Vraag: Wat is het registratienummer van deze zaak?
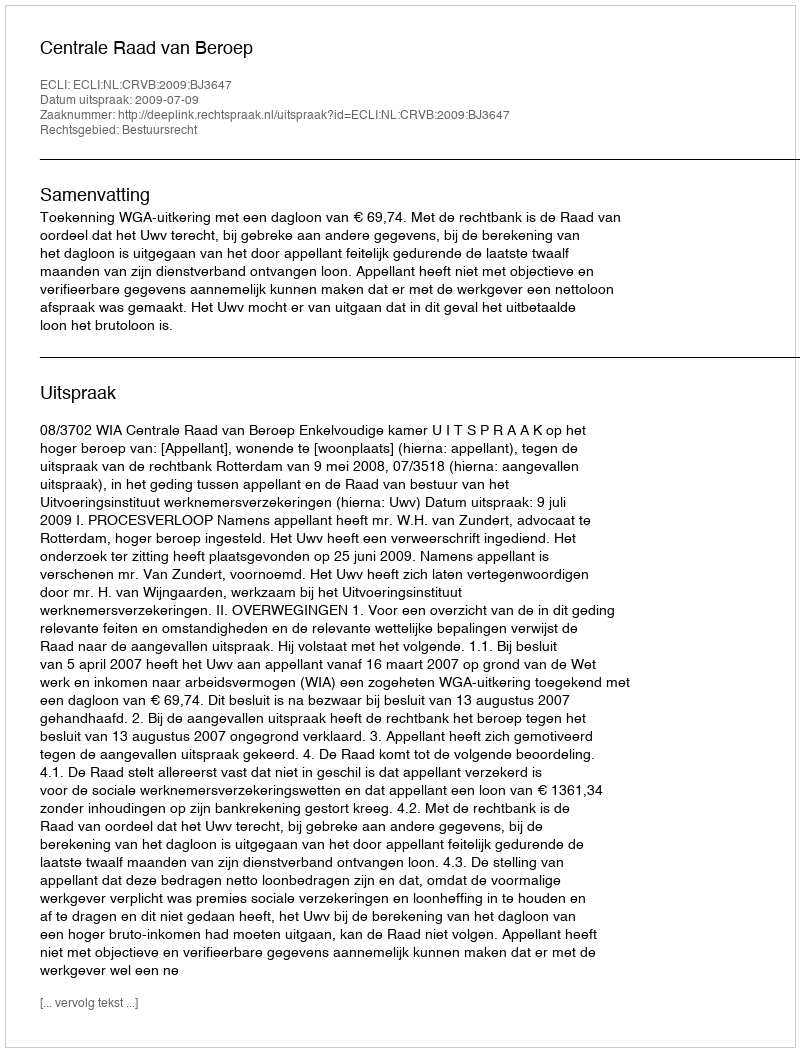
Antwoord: http://deeplink.rechtspraak.nl/uitspraak?id=ECLI:NL:CRVB:2009:BJ3647